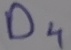
Text: D4